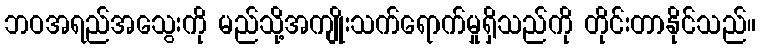
ဘဝအရည်အသွေးကို မည်သို့အကျိုးသက်ရောက်မှုရှိသည်ကို တိုင်းတာနိုင်သည်။